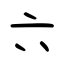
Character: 六